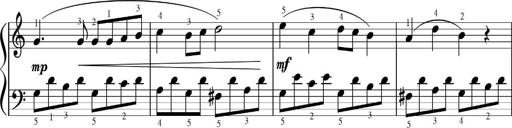
Title: Sonatinas
Composer: Andrew Violette